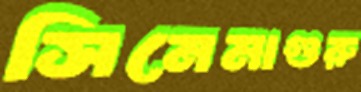
সিনেমাগুরু